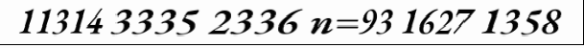
11314 3335 2336 n=93 1627 1358